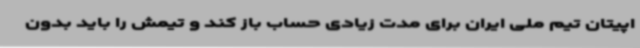
اپیتان تیم ملی ایران برای مدت زیادی حساب باز کند و تیمش را باید بدون